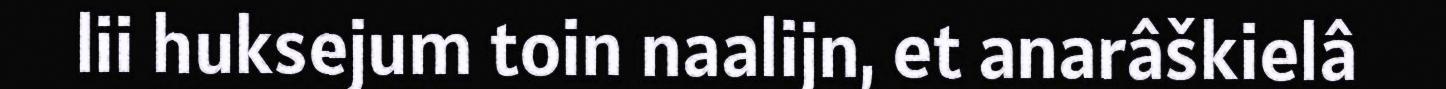
lii huksejum toin naalijn, et anarâškielâ